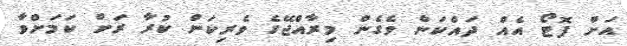
އަށް ފޮޓޯ އެއް ދައްކަން ވެގެން މިރާއްޖޭގެ ވެރިކަން ކުރާ ރަށް ކަމަށްވާ